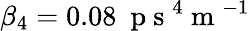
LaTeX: \beta_{4}=0.08~\mathrm{~p~s~}^{4}\mathrm{~m~}^{-1}